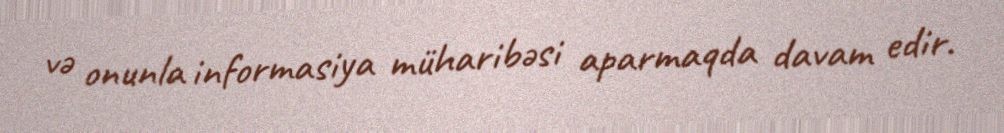
və onunla informasiya müharibəsi aparmaqda davam edir.